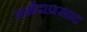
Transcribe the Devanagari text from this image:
नर्मदाप्रसाद